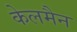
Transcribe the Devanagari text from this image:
केलमैन